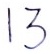
Text: 13